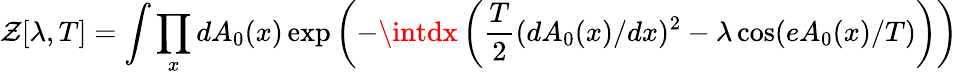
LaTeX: \mathcal{Z}[\lambda,T]=\int\prod_{x}dA_{0}(x)\exp\left(-\intdx\left(\frac{{T}}{{2}}(dA_{0}(x)/dx)^{2}-\lambda\cos(eA_{0}(x)/T)\right)\right)